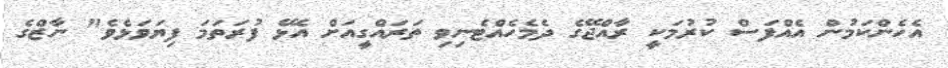
އެހެންކަމުން އެއްފަސް ކުރުމަކީ ރާއްޖޭގެ ދެމެހެއްޓެނިވި ތަރައްގީއަށް އެޅޭ ފުރަތަމަ ފިޔަވަޅެވެ" ނާޒްގެ